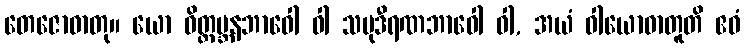
တေဇောဓာတု။ ယော ဝိတ္ထမ္ဘနဘာဝေါ ဝါ သမုဒီရဏဘာဝေါ ဝါ, အယံ ဝါယောဓာတူတိ ဧဝံ